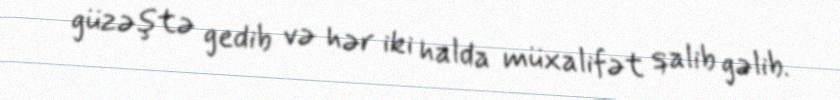
güzəştə gedib və hər iki halda müxalifət qalib gəlib.